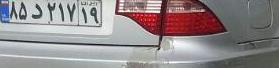
۸۵د۲۱۷۱۹